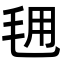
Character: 𭯕